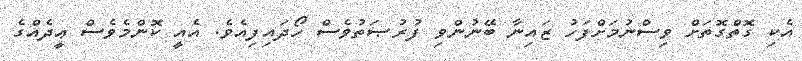
އެކި ގޮތްގޮތަށް ވިސްނުމަށްފަހު ޒައިނާ ބޭނުންވި ފުރުޞަތުވެސް ހޯދައިފިއެވެ. އެއީ ކޮންމެވެސް ޢީދެއްގެ